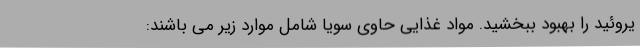
یروئید را بهبود ببخشید. مواد غذایی حاوی سویا شامل موارد زیر می باشند: